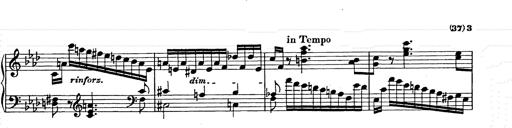
Title: Weinen, Klagen, Sorgen, Zagen
Composer: Franz Liszt